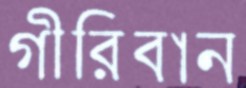
গীরিবান